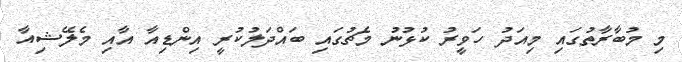
މި މުބާރާތުގައި މިއަދު ހަވީރު ކުޅުނު މެޗުގައި ބައްދަލުކުރީ އިންޑިއާ އާއި މެލޭޝިއާ